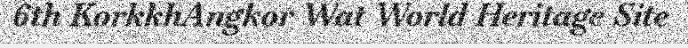
6th KorkkhAngkor Wat World Heritage Site